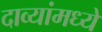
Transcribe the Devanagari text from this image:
दाव्यांमध्ये